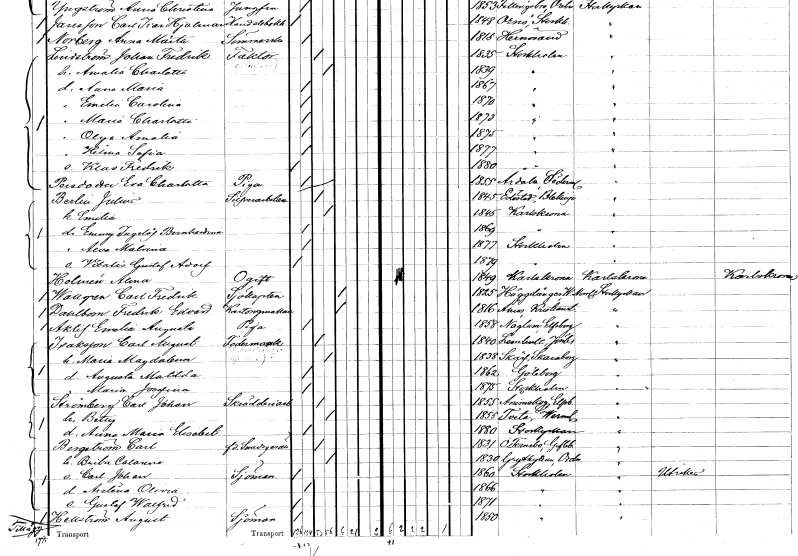
gt_parse: households: individuals: FN: Hilma Sofia
KON: K
CIV: O
FODAR: 1877
FODFORS: Stockholm
FN: Klas Fredrik
KON: M
CIV: O
FODAR: 1880
FODFORS: Stockholm
FN: Eva Charlotta
EN: Persdotter
YRKE: Piga
KON: K
CIV: O
FODAR: 1855
FODFORS: Årdala Södermanlands län
FN: Julius
EN: Berlin
YRKE: Silverarbetare
KON: M
CIV: G
FODAR: 1845
FODFORS: Edestad Blekinge län
FN: Emilia
KON: K
CIV: G
FODAR: 1845
FODFORS: Karlskoga Örebro län
FN: Emmy Ingelöf Bernhardina
KON: K
CIV: O
FODAR: 1869
FODFORS: Karlskoga Örebro län
FN: Alva Malvina
KON: K
CIV: O
FODAR: 1877
FODFORS: Stockholm
FN: Vitalis Gustaf Adolf
KON: M
CIV: O
FODAR: 1879
FODFORS: Stockholm
FN: Alma
EN: Holmén
KON: K
CIV: O
FODAR: 1849
FODFORS: Karlskrona Blekinge län
FN: Carl Fredrik
EN: Wallgren
YRKE: Sjökapten
KON: M
CIV: E
FODAR: 1825
FODFORS: Häggdånger Västernorrlands län
FN: Fredrik Edvard
EN: Dahlbom
YRKE: Kartongmakare
KON: M
CIV: E
FODAR: 1816
FODFORS: Åhus Kristianstads län
FN: Emelie Augusta
EN: Aklif
YRKE: Piga
KON: K
CIV: O
FODAR: 1858
FODFORS: Naglum Älvsborgs län
FN: Carl August
EN: Isaksson
YRKE: Fodermarsk
KON: M
CIV: G
FODAR: 1840
FODFORS: Lemnhult Jönköpings län
FN: Maria Magdalena
KON: K
CIV: G
FODAR: 1838
FODFORS: Skärv Skaraborgs län
FN: Augusta Matilda
KON: K
CIV: O
FODAR: 1862
FODFORS: Göteborg Göteborgs- och Bohuslän
FN: Maria Josefina
KON: K
CIV: O
FODAR: 1875
FODFORS: Stockholm
FN: Carl Johan
EN: Strömberg
YRKE: Skrädderiarbetare
KON: M
CIV: G
FODAR: 1855
FODFORS: Ånimskog Älvsborgs län
FN: Betty
KON: K
CIV: G
FODAR: 1855
FODFORS: Tveta Värmlands län
FN: Anna Maria Elisabet
KON: K
CIV: O
FODAR: 1880
FODFORS: Storkyrkoförsamlingen Stockholms stad
FN: Carl
EN: Bergström
YRKE: Smedsgesäll f.d.
KON: M
CIV: G
FODAR: 1831
FODFORS: Färnebo Gävleborgs län
FN: Brita Catarina
KON: K
CIV: G
FODAR: 1830
FODFORS: Grythyttan Örebro län
FN: Carl Johan
YRKE: Sjöman
KON: M
CIV: O
FODAR: 1860
FODFORS: Stockholm
FN: Axelina Olivia
KON: K
CIV: O
FODAR: 1866
FODFORS: Stockholm
FN: Gustaf Walfrid
KON: M
CIV: O
FODAR: 1871
FODFORS: Stockholm
FN: August
EN: Hellström
YRKE: Sjöman
KON: M
CIV: O
FODAR: 1850
FODFORS: Stockholm